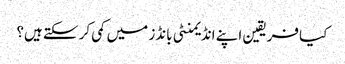
کیا فریقین اپنے انڈیمنٹی بانڈز میں کمی کر سکتے ہیں؟